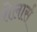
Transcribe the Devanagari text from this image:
शेलार्स